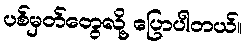
ပစ်မှတ်တွေလို့ ပြောပါတယ်။